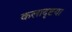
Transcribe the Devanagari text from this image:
कलादृष्टया